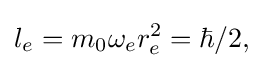
l_{e}=m_{0}\omega _{e}r_{e}^{2}=\hbar /2,\